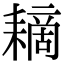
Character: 䎮